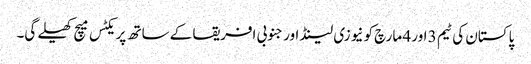
پاکستان کی ٹیم 3 اور 4 مارچ کو نیوزی لینڈ اور جنوبی افریقا کے ساتھ پریکٹس میچ کھیلے گی۔